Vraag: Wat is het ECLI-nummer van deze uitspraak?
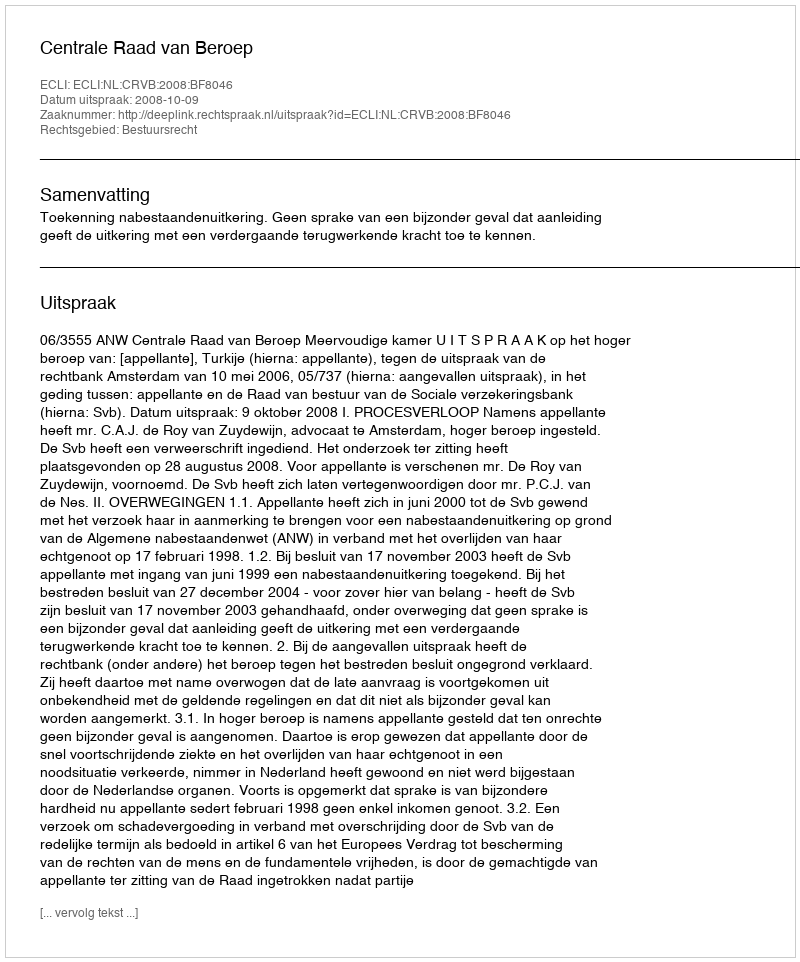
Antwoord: ECLI:NL:CRVB:2008:BF8046